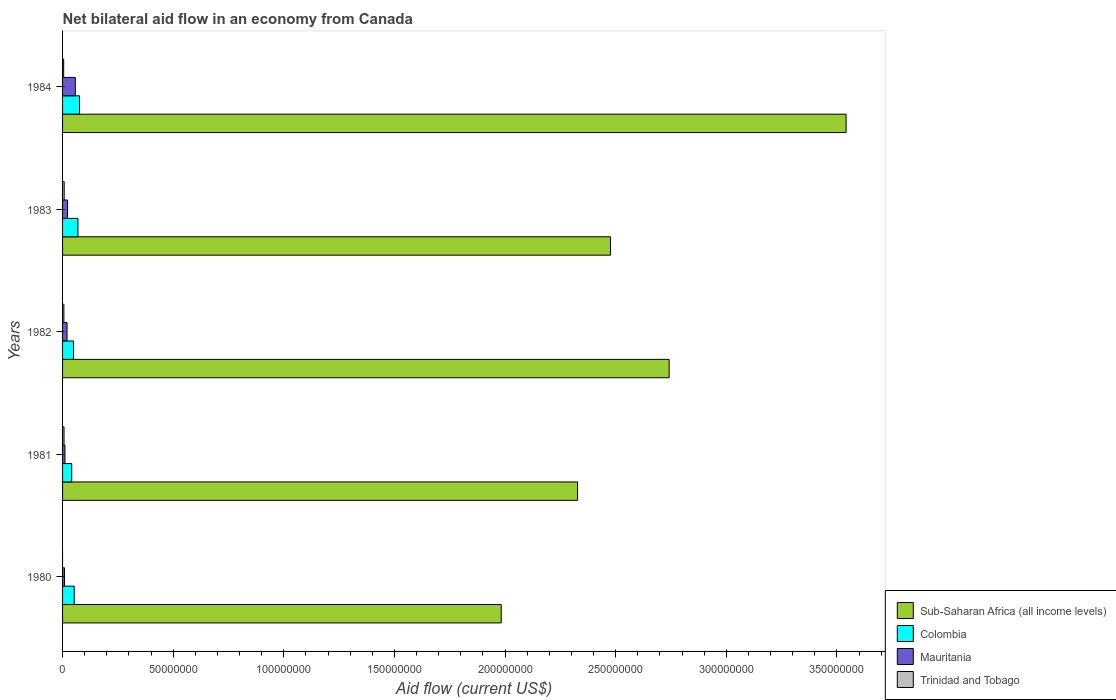
| Years | Sub-Saharan Africa (all income levels) | Colombia | Mauritania | Trinidad and Tobago |
 | --- | --- | --- | --- | --- |
 | 1980 | 1.98e+08 | 5.27e+06 | 8.8e+05 | -2.7e+05 |
 | 1981 | 2.33e+08 | 4.14e+06 | 1.08e+06 | 6.6e+05 |
 | 1982 | 2.74e+08 | 4.93e+06 | 2.02e+06 | 6e+05 |
 | 1983 | 2.48e+08 | 6.95e+06 | 2.26e+06 | 7.3e+05 |
 | 1984 | 3.54e+08 | 7.67e+06 | 5.77e+06 | 5e+05 |